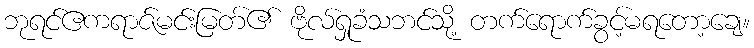
ဘုရင်ဧကရာဇ်မင်းမြတ်၏ ဗိုလ်ရှုခံသဘင်သို့ တက်ရောက်ခွင့်မရတော့ချေ။